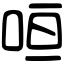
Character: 咺